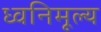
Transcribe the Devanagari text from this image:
ध्वनिमूल्य